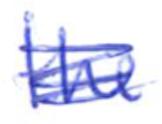
Text: the
Cross-out: scratch
Writing tool: ballpoint